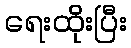
ရေးထိုးပြီး